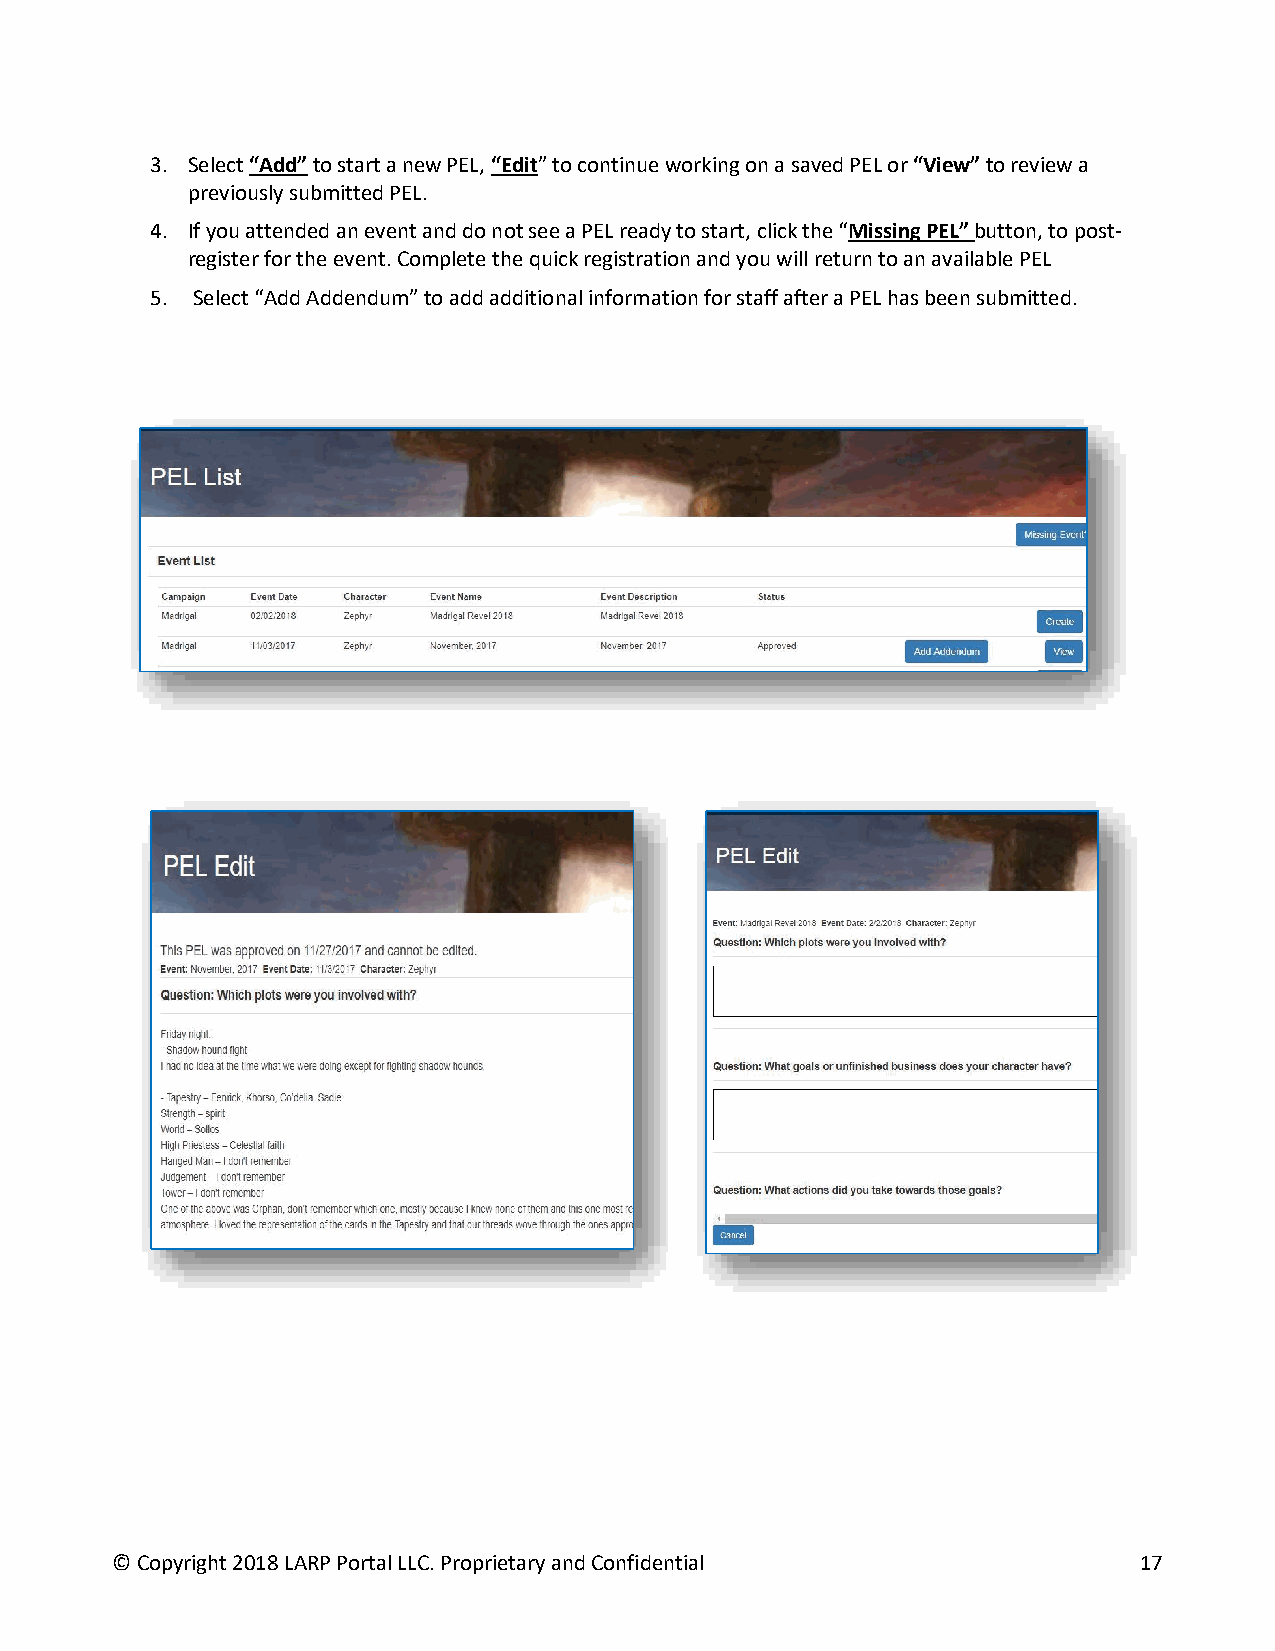
3. Select “Add” to start a new PEL, “Edit” to continue working on a saved PEL or “View” to review a
 previously submitted PEL.
 4. If you attended an event and do not see a PEL ready to start, click the “Missing PEL” button, to post-
 register for the event. Complete the quick registration and you will return to an available PEL
 5. Select “Add Addendum” to add additional information for staff after a PEL has been submitted.
 © Copyright 2018 LARP Portal LLC. Proprietary and Confidential      17